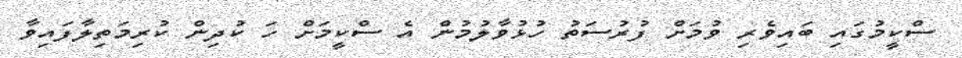
ސްކީމުގައި ބައިވެރި ވުމަށް ފުރުސަތު ހުޅުވާލުމުން އެ ސްކީމަށް ހަ ކުދިން ކުރިމަތިލާފައިވާ